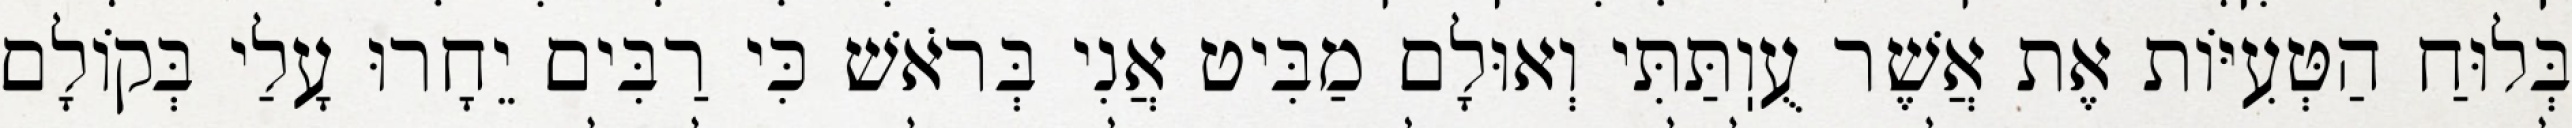
בְּלוּחַ הַטְּעִיּוֹת אֶת אֲשֶׁר עֻוֽתַּתִּי וְאוּלָם מַבִּיט אֲנִי בְּרֹאשׁ כִּי רַבִּים יֵחָרוּ עָלַי בְּקוֹלָם